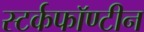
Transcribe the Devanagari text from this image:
स्टर्कफॉण्टीन